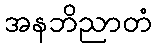
အနဘိညာတံ